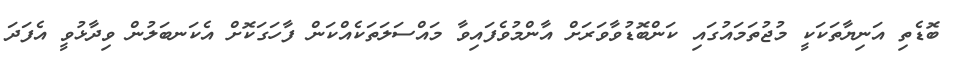
ބޮޑެތި އަނިޔާތަކަކީ މުޖުތަމައުގައި ކަންބޮޑުވާވަރަށް އާންމުވެފައިވާ މައްސަލަތަކެއްކަން ފާހަގަކޮށް އެކަނބަލުން ވިދާޅުވީ އެފަދަ